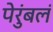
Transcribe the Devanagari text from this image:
पेरुंबलं